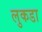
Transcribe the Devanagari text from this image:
लुकडा